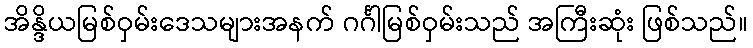
အိန္ဒိယမြစ်ဝှမ်းဒေသများအနက် ဂင်္ဂါမြစ်ဝှမ်းသည် အကြီးဆုံး ဖြစ်သည်။